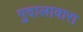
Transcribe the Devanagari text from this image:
गुदालावारा